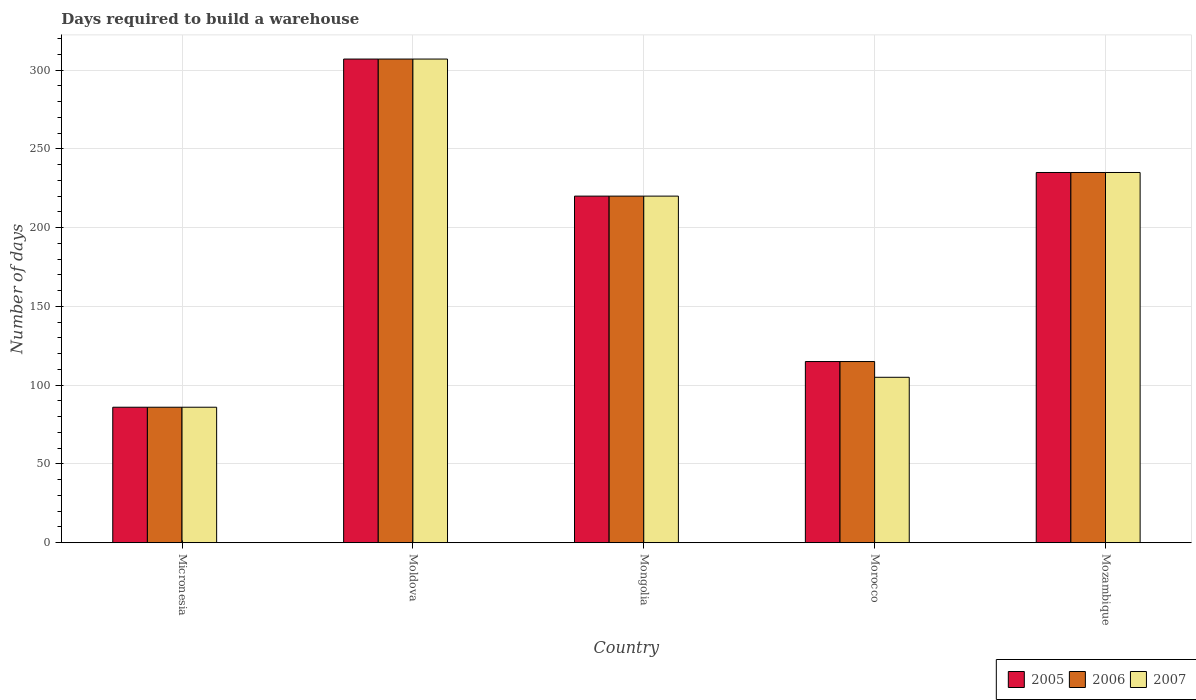
| Country | 2005 | 2006 | 2007 |
 | --- | --- | --- | --- |
 | Micronesia | 86 | 86 | 86 |
 | Moldova | 307 | 307 | 307 |
 | Mongolia | 220 | 220 | 220 |
 | Morocco | 115 | 115 | 105 |
 | Mozambique | 235 | 235 | 235 |